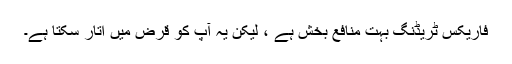
فاریکس ٹریڈنگ بہت منافع بخش ہے ، لیکن یہ آپ کو قرض میں اتار سکتا ہے۔